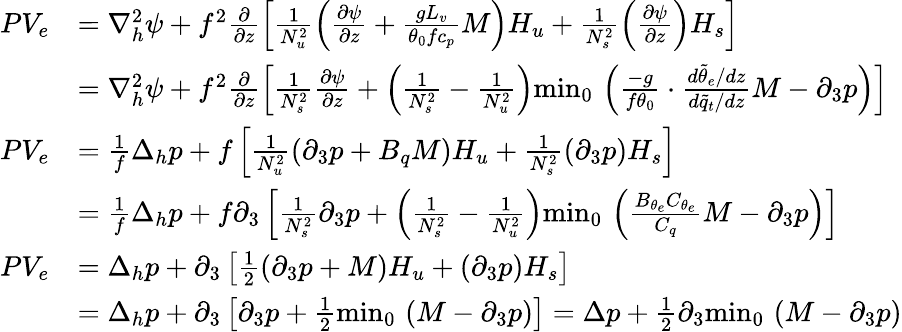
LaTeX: \begin{array}{rl}{PV_{e}}&{=\nabla_{h}^{2}\psi+f^{2}\frac{\partial}{\partial z}\left[\frac{1}{N_{u}^{2}}\left(\frac{\partial\psi}{\partial z}+\frac{gL_{v}}{\theta_{0}fc_{p}}M\right)H_{u}+\frac{1}{N_{s}^{2}}\left(\frac{\partial\psi}{\partial z}\right)H_{s}\right]}\\ &{=\nabla_{h}^{2}\psi+f^{2}\frac{\partial}{\partial z}\left[\frac{1}{N_{s}^{2}}\frac{\partial\psi}{\partial z}+\left(\frac{1}{N_{s}^{2}}-\frac{1}{N_{u}^{2}}\right){\operatorname*{min}}_{0}\, \left(\frac{-g}{f\theta_{0}}\cdot\frac{d\tilde{\theta}_{e}/dz}{d\tilde{q}_{t}/dz}M-\partial_{3}p\right)\right]}\\ {PV_{e}}&{=\frac{1}{f}\Delta_{h}p+f\left[\frac{1}{N_{u}^{2}}\left(\partial_{3}p+B_{q}M\right)H_{u}+\frac{1}{N_{s}^{2}}\left(\partial_{3}p\right)H_{s}\right]}\\ &{=\frac{1}{f}\Delta_{h}p+f\partial_{3}\left[\frac{1}{N_{s}^{2}}\partial_{3}p+\left(\frac{1}{N_{s}^{2}}-\frac{1}{N_{u}^{2}}\right){\operatorname*{min}}_{0}\, \left(\frac{B_{\theta_{e}}C_{\theta_{e}}}{C_{q}}M-\partial_{3}p\right)\right]}\\ {PV_{e}}&{=\Delta_{h}p+\partial_{3}\left[\frac{1}{2}(\partial_{3}p+M)H_{u}+(\partial_{3}p)H_{s}\right]}\\ &{=\Delta_{h}p+\partial_{3}\left[\partial_{3}p+\frac{1}{2}{\operatorname*{min}}_{0}\, \left(M-\partial_{3}p\right)\right]=\Delta p+\frac{1}{2}\partial_{3}{\operatorname*{min}}_{0}\, \left(M-\partial_{3}p\right)}\end{array}